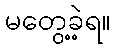
မတွေ့ခဲ့ရ။